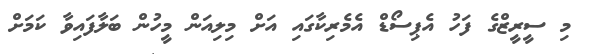
މި ސީރީޒްގެ ފަހު އެޕިސޯޑް އެމެރިކާގައި އަށް މިލިއަން މީހުން ބަލާފައިވާ ކަމަށް